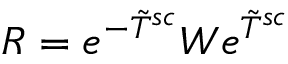
R = e ^ { - \tilde { T } ^ { s c } } W e ^ { \tilde { T } ^ { s c } }